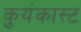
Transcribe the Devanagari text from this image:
कुयंकास्ट